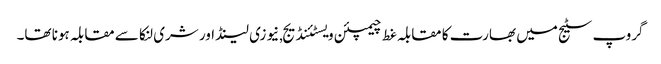
گروپ سٹیج میں بھارت کا مقابلہ غط چیمپئن ویسٹئنڈیج,نیوزی لینڈ اور شری لنکا سے مقابلہ ہونا تھا۔